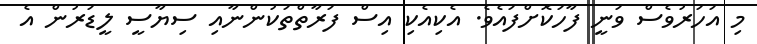
މި އަހަރުވެސް ވަނީ ފާހަކޮށްފައެވެ. އެކިއެކި އިސް ފަރާތްތަކުންނާއި ސިޔާސީ ލީޑަރުން އެ